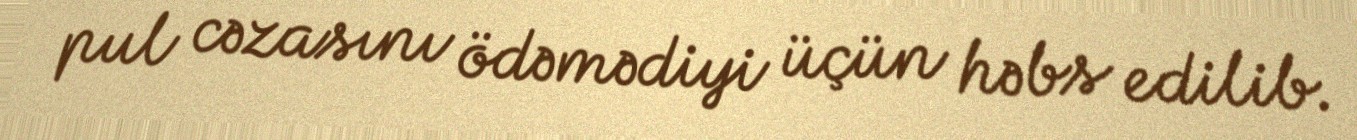
pul cəzasını ödəmədiyi üçün həbs edilib.